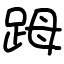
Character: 𧿹